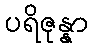
ပရိဇုန္နာ